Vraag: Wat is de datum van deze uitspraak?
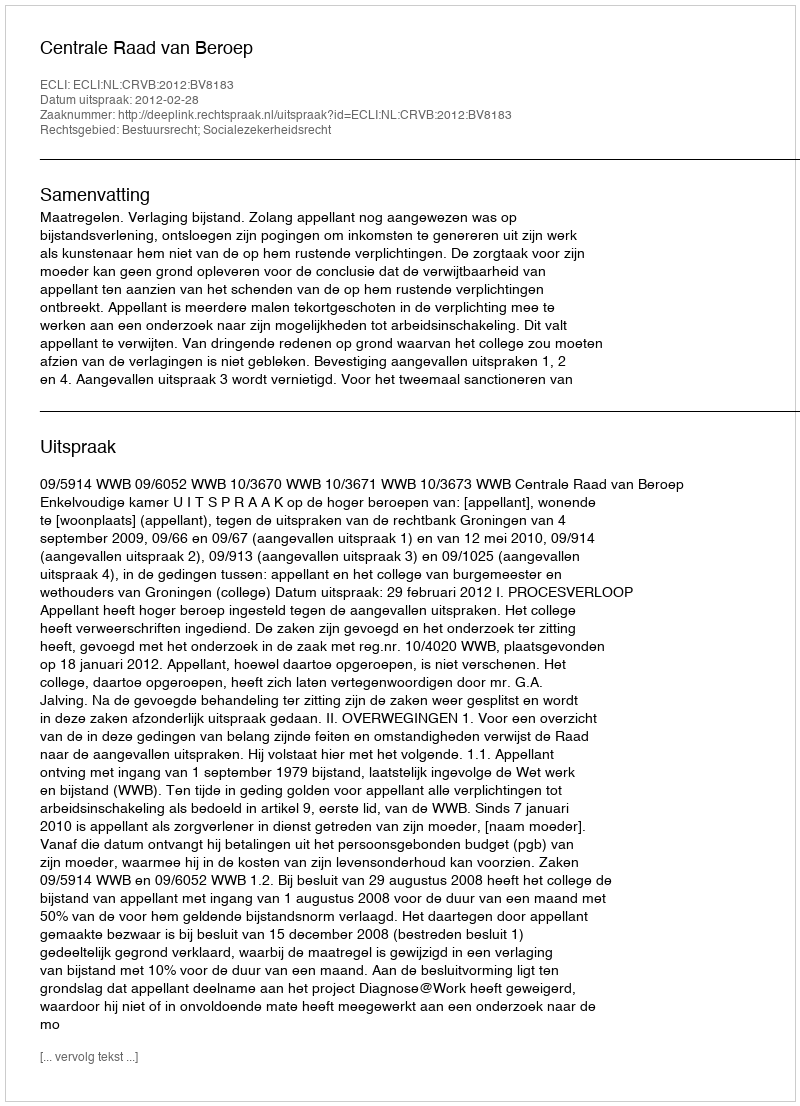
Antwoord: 2012-02-28